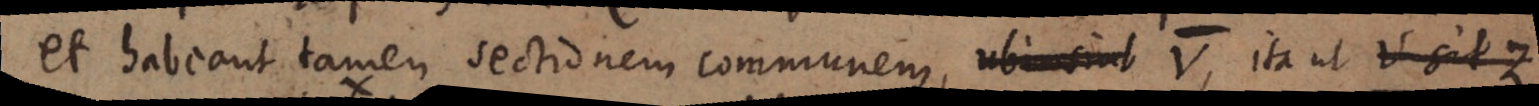
et habeant tamen sectionem communem, ubi sint V, ita ut V sit Z